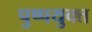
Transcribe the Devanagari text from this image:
पुष्पयुक्त